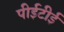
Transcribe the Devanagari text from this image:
पीईटीई